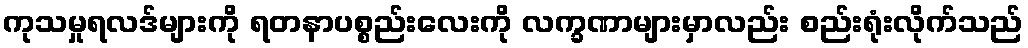
ကုသမှုရလဒ်များကို ရတနာပစ္စည်းလေးကို လက္ခဏာများမှာလည်း စည်းရုံးလိုက်သည်